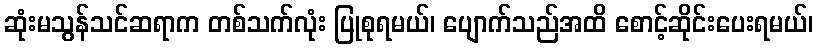
ဆုံးမသွန်သင်ဆရာက တစ်သက်လုံး ပြုစုရမယ်၊ ပျောက်သည်အထိ စောင့်ဆိုင်းပေးရမယ်၊